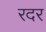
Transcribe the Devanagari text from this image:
रदर